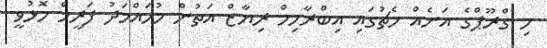
މި ގްރޫޕްގެ އަނެއް މެޗުގައި އިބްރާހިމް ރިޔާޒް އަތުން މުހައްމަދު ފަރީމް މޮޅުވީ